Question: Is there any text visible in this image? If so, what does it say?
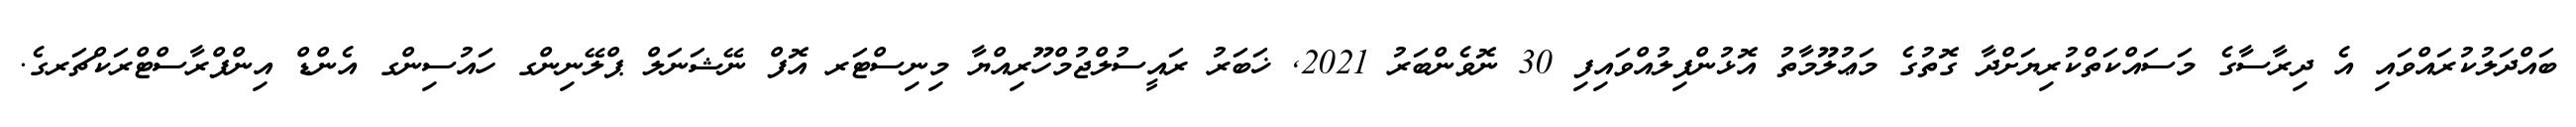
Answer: ބައްދަލުކުރައްވައި އެ ދިރާސާގެ މަސައްކަތްކުރިޔަށްދާ ގޮތުގެ މަޢުލޫމާތު އޮޅުންފިލުއްވައިފި 30 ނޮވެންބަރު 2021, ޚަބަރު ރައީސުލްޖުމްހޫރިއްޔާ މިނިސްޓަރ އޮފް ނޭޝަނަލް ޕްލޭނިންގ ހައުސިންގ އެންޑް އިންފްރާސްޓްރަކްޗަރގެ.